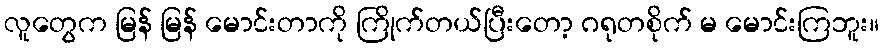
လူတွေက မြန် မြန် မောင်းတာကို ကြိုက်တယ်ပြီးတော့ ဂရုတစိုက် မ မောင်းကြဘူး။